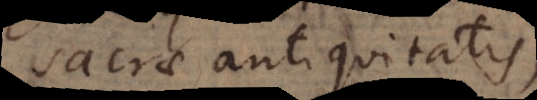
sacrae antiquitatis,